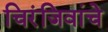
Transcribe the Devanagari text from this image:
चिरंजिवांचे